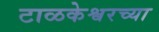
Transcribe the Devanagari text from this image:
टाळकेश्वरच्या